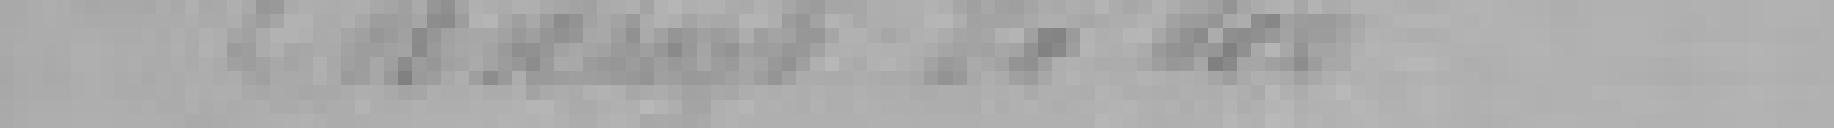
Champ de tir